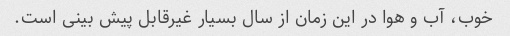
خوب، آب و هوا در این زمان از سال بسیار غیرقابل پیش بینی است.